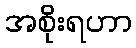
အစိုးရဟာ